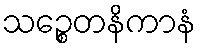
သဉ္စေတနိကာနံ